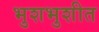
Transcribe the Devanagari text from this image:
भुशभुशीत